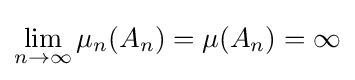
\lim _{n\to \infty }\mu _{n}(A_{n})=\mu (A_{n})=\infty